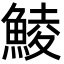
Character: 鯪